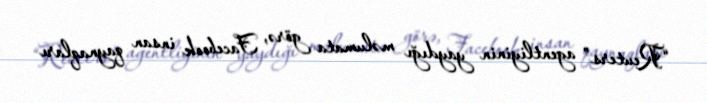
“Reuters” agentliyinin yaydığı məlumata görə, Facebook insan qaynaqları